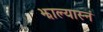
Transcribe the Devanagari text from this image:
झाल्यास्नं